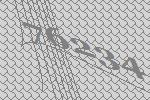
76234